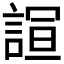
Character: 𮘙